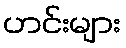
ဟင်းများ